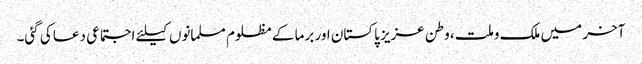
آخر میں ملک وملت، وطن عزیز پاکستان اور برما کے مظلوم مسلمانوں کیلئے اجتماعی دعا کی گئی۔